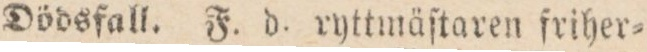
Dödsfall. F. d. ryttmäſtaren friher=